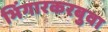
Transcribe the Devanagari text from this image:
भिंगारकरबुवा